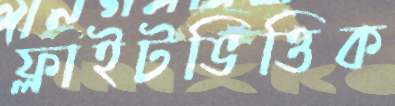
ফ্লাইটভিত্তিক